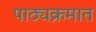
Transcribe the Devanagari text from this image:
पाठ्यक्रमात